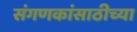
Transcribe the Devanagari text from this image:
संगणकांसाठीच्या